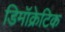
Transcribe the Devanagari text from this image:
डिमॉक्रेटिक